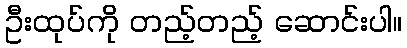
ဦးထုပ်ကို တည့်တည့် ဆောင်းပါ။